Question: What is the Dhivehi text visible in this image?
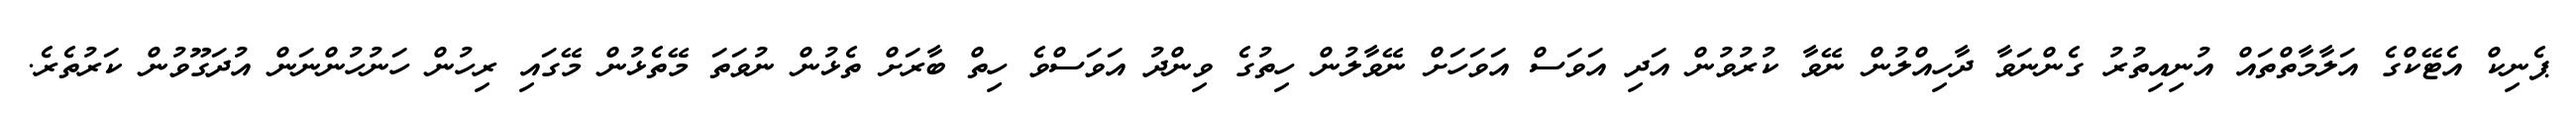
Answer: ޕެނިކް އެޓޭކްގެ އަލާމާތްތައް އުނިއިތުރު ގެންނަވާ ދާހިއްލުން ނޭވާ ކުރުވުން އަދި އަވަސް އަވަހަށް ނޭވާލުން ހިތުގެ ވިންދު އަވަސްވެ ހިތް ބާރަށް ތެޅުން ނުވަތަ މޭތެޅުން މޭގައި ރިހުން ހަނުހުންނަން އުދަގޫވުން ކަރުތެރެ.